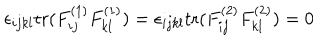
LaTeX: \epsilon _ { i j k l } \mathrm { t r } ( F _ { i j } ^ { ( 1 ) } F _ { k l } ^ { ( 1 ) } ) = \epsilon _ { i j k l } \mathrm { t r } ( F _ { i j } ^ { ( 2 ) } F _ { k l } ^ { ( 2 ) } ) = 0